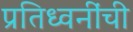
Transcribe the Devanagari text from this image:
प्रतिध्वनींची